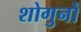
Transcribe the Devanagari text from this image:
शोगुनों